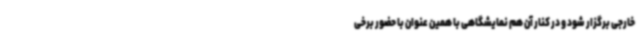
خارجی برگزار شود و در کنار آن هم نمایشگاهی با همین عنوان با حضور برخی